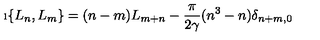
\i \{ L _ { n } , L _ { m } \} = ( n - m ) L _ { m + n } - \frac { \pi } { 2 \gamma } ( n ^ { 3 } - n ) \delta _ { n + m , 0 } \,